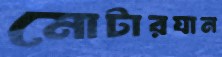
মোটারযান